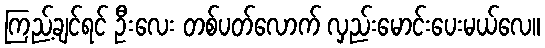
ကြည့်ချင်ရင် ဦးလေး တစ်ပတ်လောက် လှည်းမောင်းပေးမယ်လေ။